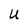
Character: U